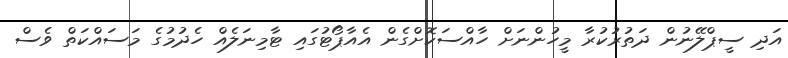
އަދި ސީޕްލޭނުން ދަތުރުކުރާ މީހުންނަށް ހާއްސަކޮށްގެން އެއާޕޯޓުގައި ޓާމިނަލެއް ހެދުމުގެ މަސައްކަތް ވެސް